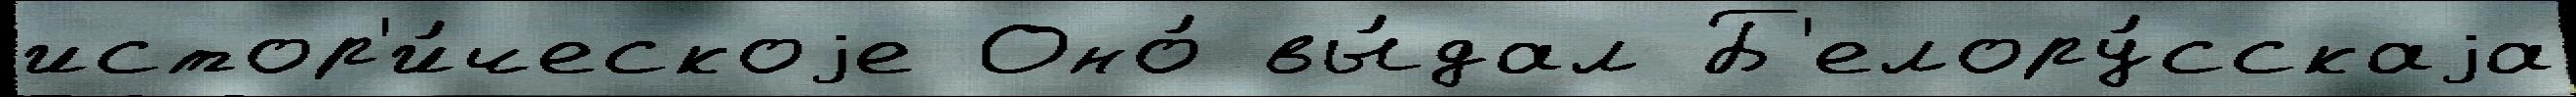
истор'и́ческоjе Оно́ вы́дал Б'елору́сскаjа